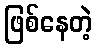
ဖြစ်နေတဲ့